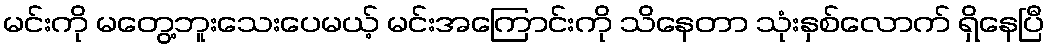
မင်းကို မတွေ့ဘူးသေးပေမယ့် မင်းအကြောင်းကို သိနေတာ သုံးနှစ်လောက် ရှိနေပြီ